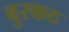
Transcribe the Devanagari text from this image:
बुरकठ